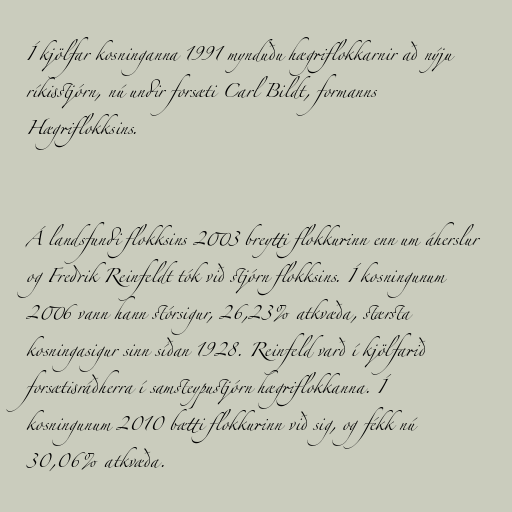
Í kjölfar kosninganna 1991 mynduðu hægriflokkarnir að nýju
ríkisstjórn, nú undir forsæti Carl Bildt, formanns
Hægriflokksins.

Á landsfundi flokksins 2003 breytti flokkurinn enn um áherslur
og Fredrik Reinfeldt tók við stjórn flokksins. Í kosningunum
2006 vann hann stórsigur, 26,23% atkvæða, stærsta
kosningasigur sinn síðan 1928. Reinfeld varð í kjölfarið
forsætisráðherra í samsteypustjórn hægriflokkanna. Í
kosningunum 2010 bætti flokkurinn við sig, og fékk nú
30,06% atkvæða.